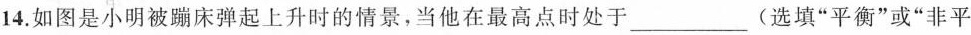
14.如图是小明被蹦床弹起上升时的情景，当他在最高点时处于\underline(选填”平衡”或”非平